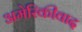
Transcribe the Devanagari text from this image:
अमेरिकीवाद